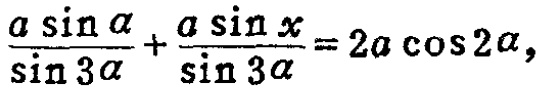
\(\frac{a\sin\alpha}{\sin3\alpha}+\frac{a\sin x}{\sin3\alpha}=2a\cos2\alpha\)